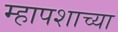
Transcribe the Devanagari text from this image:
म्हापशाच्या